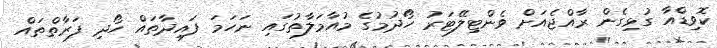
ކޮވިޑްއާ ގުޅިގެން ރާއްޖެއަށް ވެންޓިލޭޓަރު ހޯދުމުގެ މުއާމަލާތުގައި ނަހަމަ ފައިދާތައް ހޯދި ފަރާތްތައް